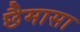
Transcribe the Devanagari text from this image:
छैमासा